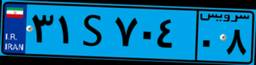
۳۱S۷۰۴۰۸